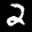
Label: 2